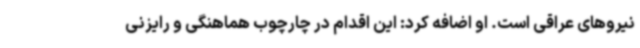
نیروهای عراقی است. او اضافه کرد: این اقدام در چارچوب هماهنگی و رایزنی